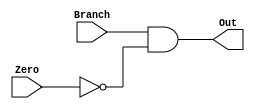
/*
	Unsigned 
*/

//////////////////////////////////
//  CBNZ Branch OR Gate Structure & Logic Modules
//////////////////////////////////

module cbnzBranchANDGate (Branch, Zero, Out);
	input Branch;
	input Zero;
	output Out;
	
	wire Out;
	
	assign Out = Branch & ~Zero;
	
endmodule